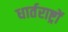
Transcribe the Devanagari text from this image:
धार्तराष्ट्रों